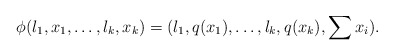
\begin{align*} \phi(l_1,x_1,\dots,l_k,x_k)=(l_1,q(x_1),\dots,l_k,q(x_k),\sum x_i).\end{align*}